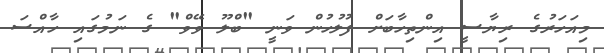
މިއަހަރުގެ ރިޔާސީ އިންތިހާބަށް ފުލުހުން ވަނީ "ބްލޫ ވޭވް" ގެ ނަމުގައި ހާއްސަ